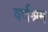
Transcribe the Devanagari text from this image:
वर्णश्रम